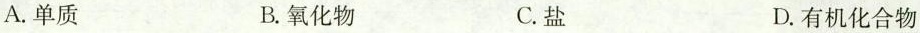
A.单质 B.氧化物 C.盐 D.有机化合物